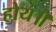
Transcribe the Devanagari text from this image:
होय॥